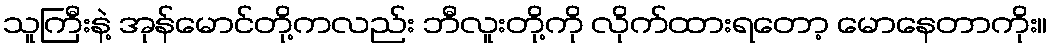
သူကြီးနဲ့ အုန်မောင်တို့ကလည်း ဘီလူးတို့ကို လိုက်ထားရတော့ မောနေတာကိုး။